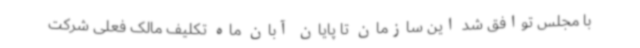
با مجلس توافق شد این سازمان تا پایان آبان ماه تکلیف مالک فعلی شرکت